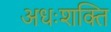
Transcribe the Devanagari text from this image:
अधःशक्ति